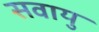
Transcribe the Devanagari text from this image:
सवायु